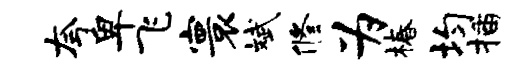
夸卑飞寰斌修为椿均插